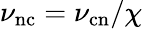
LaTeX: \nu_{\mathrm{nc}}=\nu_{\mathrm{cn}}/\chi